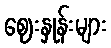
ဈေးနှုန်းများ